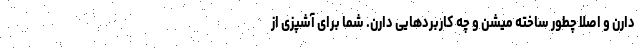
دارن و اصلا چطور ساخته میشن و چه کاربردهایی دارن. شما برای آشپزی از